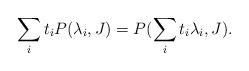
LaTeX: \begin{align*}\sum_i t_i P(\lambda_i, J) = P(\sum_i t_i \lambda_i, J).\end{align*}